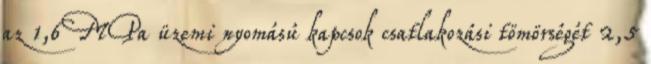
az 1,6 MPa üzemi nyomású kapcsok csatlakozási tömörségét 2,5